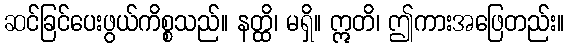
ဆင်ခြင်ပေးဖွယ်ကိစ္စသည်။ နတ္ထိ၊ မရှိ။ ဣတိ၊ ဤကားအဖြေတည်း။